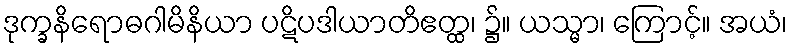
ဒုက္ခနိရောဓဂါမိနိယာ ပဋိပဒါယာတိဧတ္ထ၊ ၌။ ယသ္မာ၊ ကြောင့်။ အယံ၊